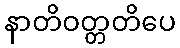
နာတိဝတ္တတိပေ